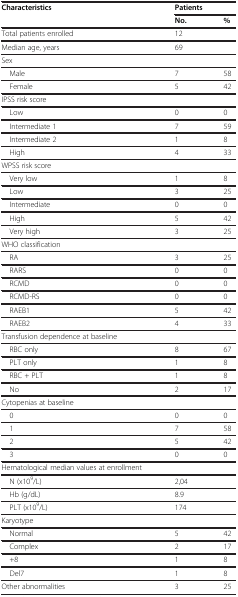
| Characteristics | <COLSPAN=2> Patients |
 |  | No. | % |
 | --- | --- | --- |
 | Total patients enrolled | <COLSPAN=2> 12 |
 | Median age, years | <COLSPAN=2> 69 |
 | Sex |  |  |
 | Male | 7 | 58 |
 | Female | 5 | 42 |
 | IPSS risk score |  |  |
 | Low | 0 | 0 |
 | Intermediate 1 | 7 | 59 |
 | Intermediate 2 | 1 | 8 |
 | High | 4 | 33 |
 | WPSS risk score |  |  |
 | Very low | 1 | 8 |
 | Low | 3 | 25 |
 | Intermediate | 0 | 0 |
 | High | 5 | 42 |
 | Very high | 3 | 25 |
 | WHO classification |  |  |
 | RA | 3 | 25 |
 | RARS | 0 | 0 |
 | RCMD | 0 | 0 |
 | RCMD-RS | 0 | 0 |
 | RAEB1 | 5 | 42 |
 | RAEB2 | 4 | 33 |
 | Transfusion dependence at baseline |  |  |
 | RBC only | 8 | 67 |
 | PLT only | 1 | 8 |
 | RBC + PLT | 1 | 8 |
 | No | 2 | 17 |
 | Cytopenias at baseline |  |  |
 | 0 | 0 | 0 |
 | 1 | 7 | 58 |
 | 2 | 5 | 42 |
 | 3 | 0 | 0 |
 | Hematological median values at enrollment | <COLSPAN=2>  |
 | N (x109/L) | <COLSPAN=2> 2,04 |
 | Hb (g/dL) | <COLSPAN=2> 8.9 |
 | PLT (x109/L) | <COLSPAN=2> 174 |
 | Karyotype |  |  |
 | Normal | 5 | 42 |
 | Complex | 2 | 17 |
 | +8 | 1 | 8 |
 | Del7 | 1 | 8 |
 | Other abnormalities | 3 | 25 |